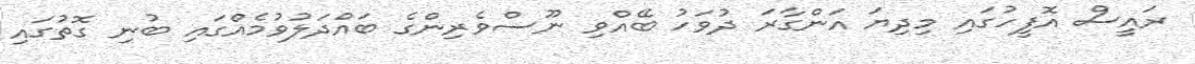
ރައީސް އޮފީހުގައި މިދިޔަ އަންގާރަ ދުވަހު ބޭއްވި ނޫސްވެރިންގެ ބައްދަލުވުމެއްގައި ބުނި ގޮތުގައި